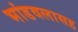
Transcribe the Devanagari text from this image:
भांडवलासह